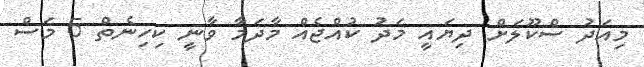
މިއަދު ސްކޫލަށް ދިޔައީ މަދު ކުއްޖެއް މާދަމާ ވާނީ ކިހިނެތް 5 މަސް